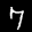
Label: 7